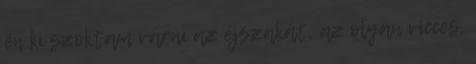
én ki szoktam várni az éjszakát, az olyan vicces,